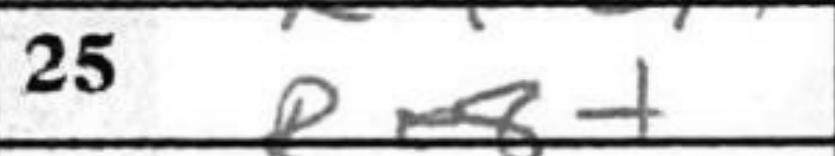
Transcription: Re8+